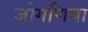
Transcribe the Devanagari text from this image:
जोगणिया